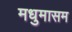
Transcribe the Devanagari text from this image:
मधुमासम